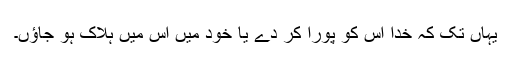
یہاں تک کہ خدا اس کو پورا کر دے یا خود مَیں اس میں ہلاک ہو جاؤں۔